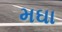
મઘા